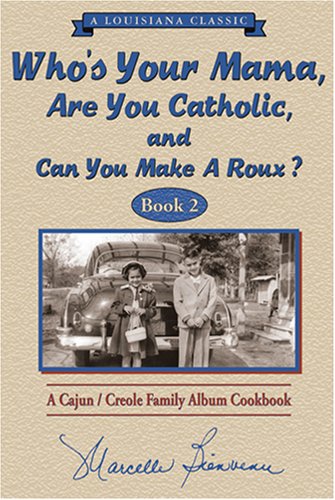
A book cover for Who s Your Mama, Are You Catholic & Can You Make A Roux? (Book 2): A Cajun / Creole Family Album Cookbook (Louisiana Classic); Marcelle Bienvenu; Cookbooks, Food & Wine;